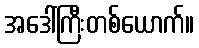
အဒေါ်ကြီးတစ်ယောက်။